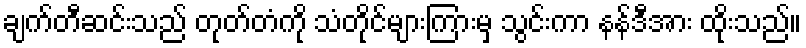
ချက်တီဆင်းသည် တုတ်တံကို သံတိုင်များကြားမှ သွင်းကာ နန်ဒီအား ထိုးသည်။